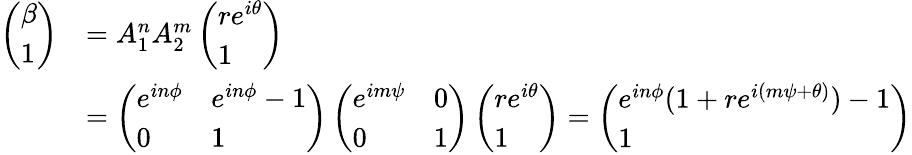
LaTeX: \begin{array}{rl}{\left(\begin{array}{l}{\beta}\\ {1}\end{array}\right)}&{=A_{1}^{n}A_{2}^{m}\left(\begin{array}{l}{re^{i\theta}}\\ {1}\end{array}\right)}\\ &{=\left(\begin{array}{ll}{e^{in\phi}}&{e^{in\phi}-1}\\ {0}&{1}\end{array}\right)\left(\begin{array}{ll}{e^{im\psi}}&{0}\\ {0}&{1}\end{array}\right)\left(\begin{array}{l}{re^{i\theta}}\\ {1}\end{array}\right)=\left(\begin{array}{l}{e^{in\phi}(1+re^{i(m\psi+\theta)})-1}\\ {1}\end{array}\right)}\end{array}